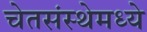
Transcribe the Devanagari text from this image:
चेतसंस्थेमध्ये